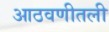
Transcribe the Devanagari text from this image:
आठवणीतली